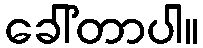
ခေါ်တာပါ။